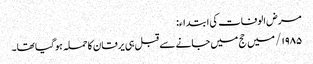
مرض الوفات کی ابتداء:
۱۹۸۵/ میں حج میں جانے سے قبل ہی یرقان کاحملہ ہوگیا تھا۔